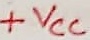
Text: +VCC